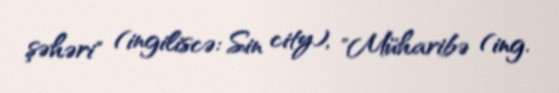
şəhəri" (ingiliscə: Sin city), "Müharibə (ing.